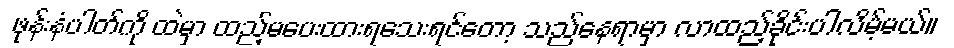
ဖုန်းနံပါတ်ကို ထဲမှာ ထည့်မပေးထားရသေးရင်တော့ သည်နေရာမှာ လာထည့်ခိုင်းပါလိမ့်မယ်။